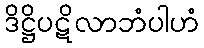
ဒိဋ္ဌိပဋိလာဘံပါဟံ